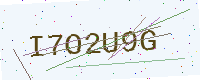
Text: I7O2U9G